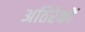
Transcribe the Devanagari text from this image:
अतिरेकों